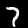
Label: 7